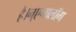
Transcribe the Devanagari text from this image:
है।न्एनालॉग